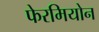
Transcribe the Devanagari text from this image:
फेरमियोन